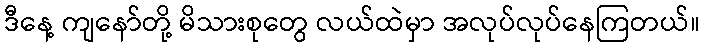
ဒီနေ့ ကျနော်တို့ မိသားစုတွေ လယ်ထဲမှာ အလုပ်လုပ်နေကြတယ်။